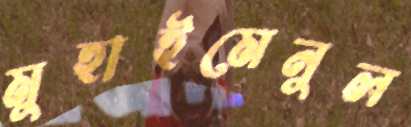
মুহাইমেনুল